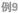
例9